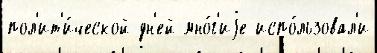
пол'ит'и́ческой дн'ей мно́г'иjе испо́льзовал'и